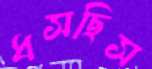
ধসছিস